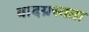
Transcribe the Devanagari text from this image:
वादग्रस्तता